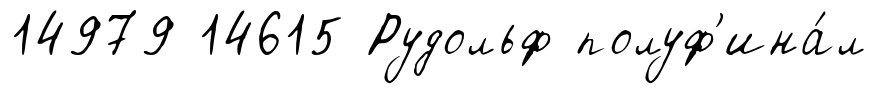
14979 14615 Рудольф полуф'ина́л